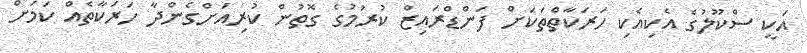
އަކީ ސްކޫލުގެ އެކިއެކި ހަރަކާތްތަކަށް ފަންޑްރައިޒް ކުރުމުގެ ގޮތުން ކުރިއަށްގެންދާ ހަރަކާތެއް ކަމަށް